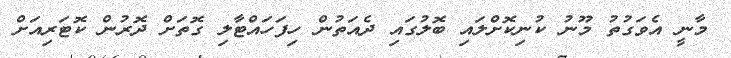
މާނީ އެވަގުތު މޫނު ކުނިކޮށްލައި ބޮލުގައި ދެއަތުން ހިފަހައްޓާލި ގޮތަށް ދޮރުން ކޮޓަރިއަށް